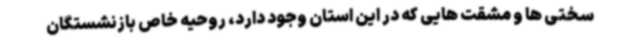
سختی ها و مشقت هایی که در این استان وجود دارد، روحیه خاص بازنشستگان